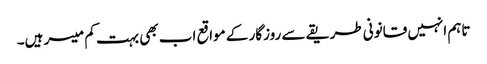
تاہم انہیں قانونی طریقے سے روزگار کے مواقع اب بھی بہت کم میسر ہیں۔